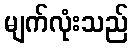
မျက်လုံးသည်